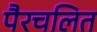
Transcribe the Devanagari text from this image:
पैरचलित